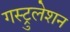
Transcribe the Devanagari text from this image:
गस्ट्रुलेशन